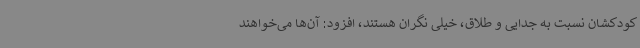
کودکشان نسبت به جدایی و طلاق، خیلی نگران هستند، افزود: آن‌ها می‌خواهند